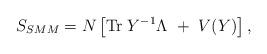
LaTeX: \begin{align*}S_{SMM}=N\left[\mbox{Tr}\;Y^{-1}\Lambda~+~V(Y)\right],\end{align*}